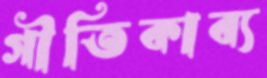
গীতিকাব্য